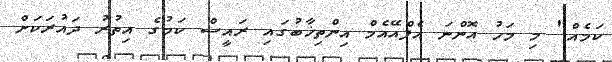
ކަމެއް" މި މަހު އޮންނަ އެފްއޭއެމް އިންތިޚާބުގައި ރައީސް ކަމުގެ އިތުރު ދައުރަކަށް